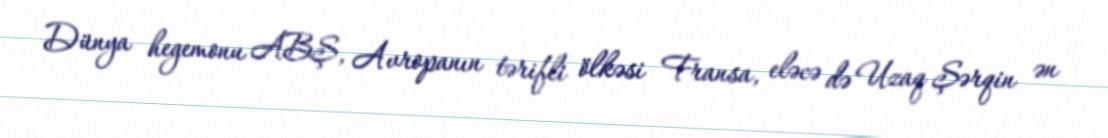
Dünya hegemonu ABŞ, Avropanın tərifli ölkəsi Fransa, eləcə də Uzaq Şərqin ən